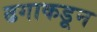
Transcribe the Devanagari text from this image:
ढगाकडून